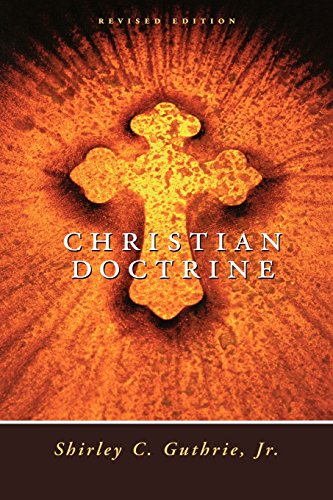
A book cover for Christian Doctrine, Revised Edition; Shirley C. Guthrie Jr.; Christian Books & Bibles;